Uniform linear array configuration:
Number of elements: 24
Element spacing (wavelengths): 0.25
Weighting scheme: uniform
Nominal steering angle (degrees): -30
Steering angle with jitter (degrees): -29.159
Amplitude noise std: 0.05
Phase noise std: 0.05

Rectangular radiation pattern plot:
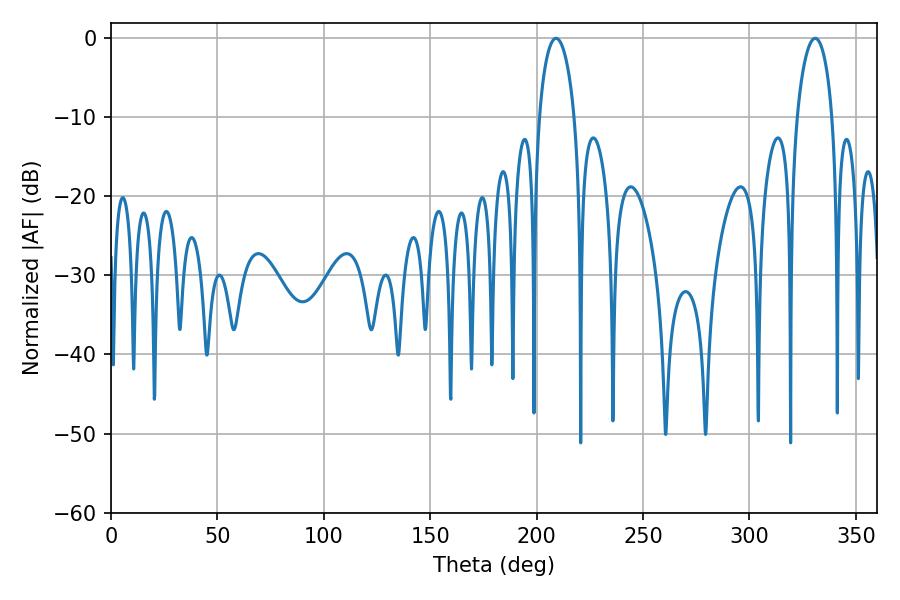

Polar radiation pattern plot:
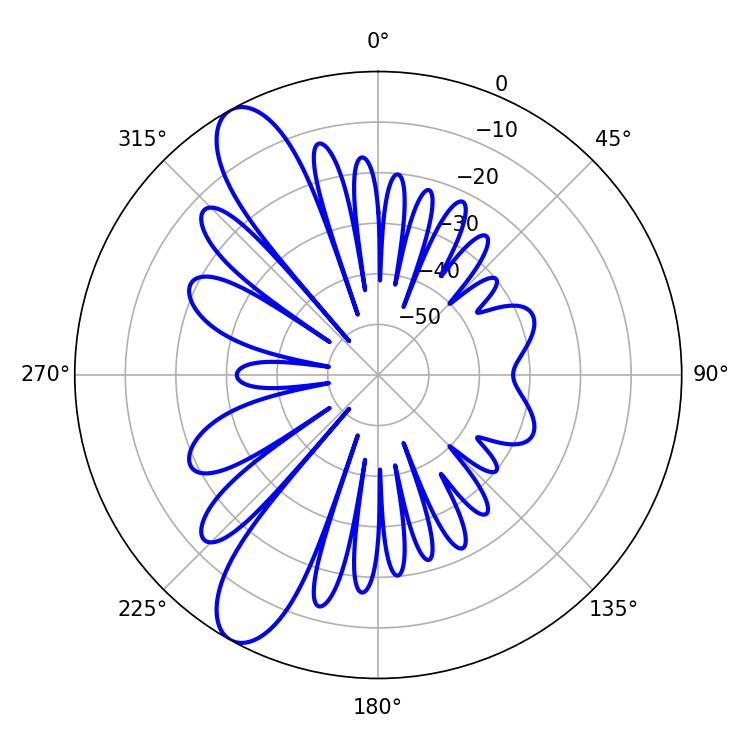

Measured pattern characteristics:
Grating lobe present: FALSE
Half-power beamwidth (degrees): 9.54
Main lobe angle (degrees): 209.16